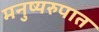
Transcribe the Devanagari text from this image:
मनुष्यरुपात